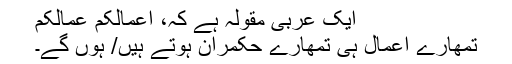
ایک عربی مقولہ ہے کہ، اعمالُکُم عُمالُکُم
تمھارے اعمال ہی تمھارے حکمران ہوتے ہیں/ ہوں گے۔